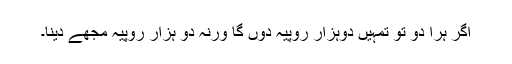
اگر ہرا دو تو تمہیں دوہزار روپیہ دوں گا ورنہ دو ہزار روپیہ مجھے دینا۔